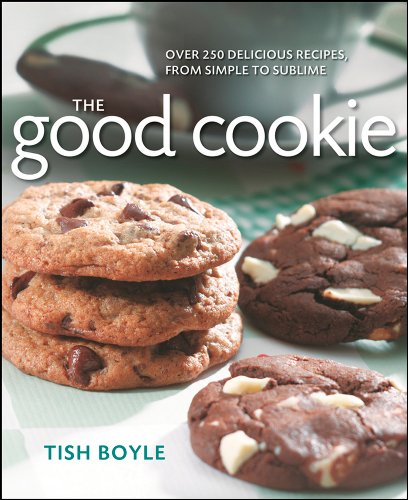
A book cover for The Good Cookie: Over 250 delicious recipes, from simple to sublime; Tish Boyle; Cookbooks, Food & Wine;